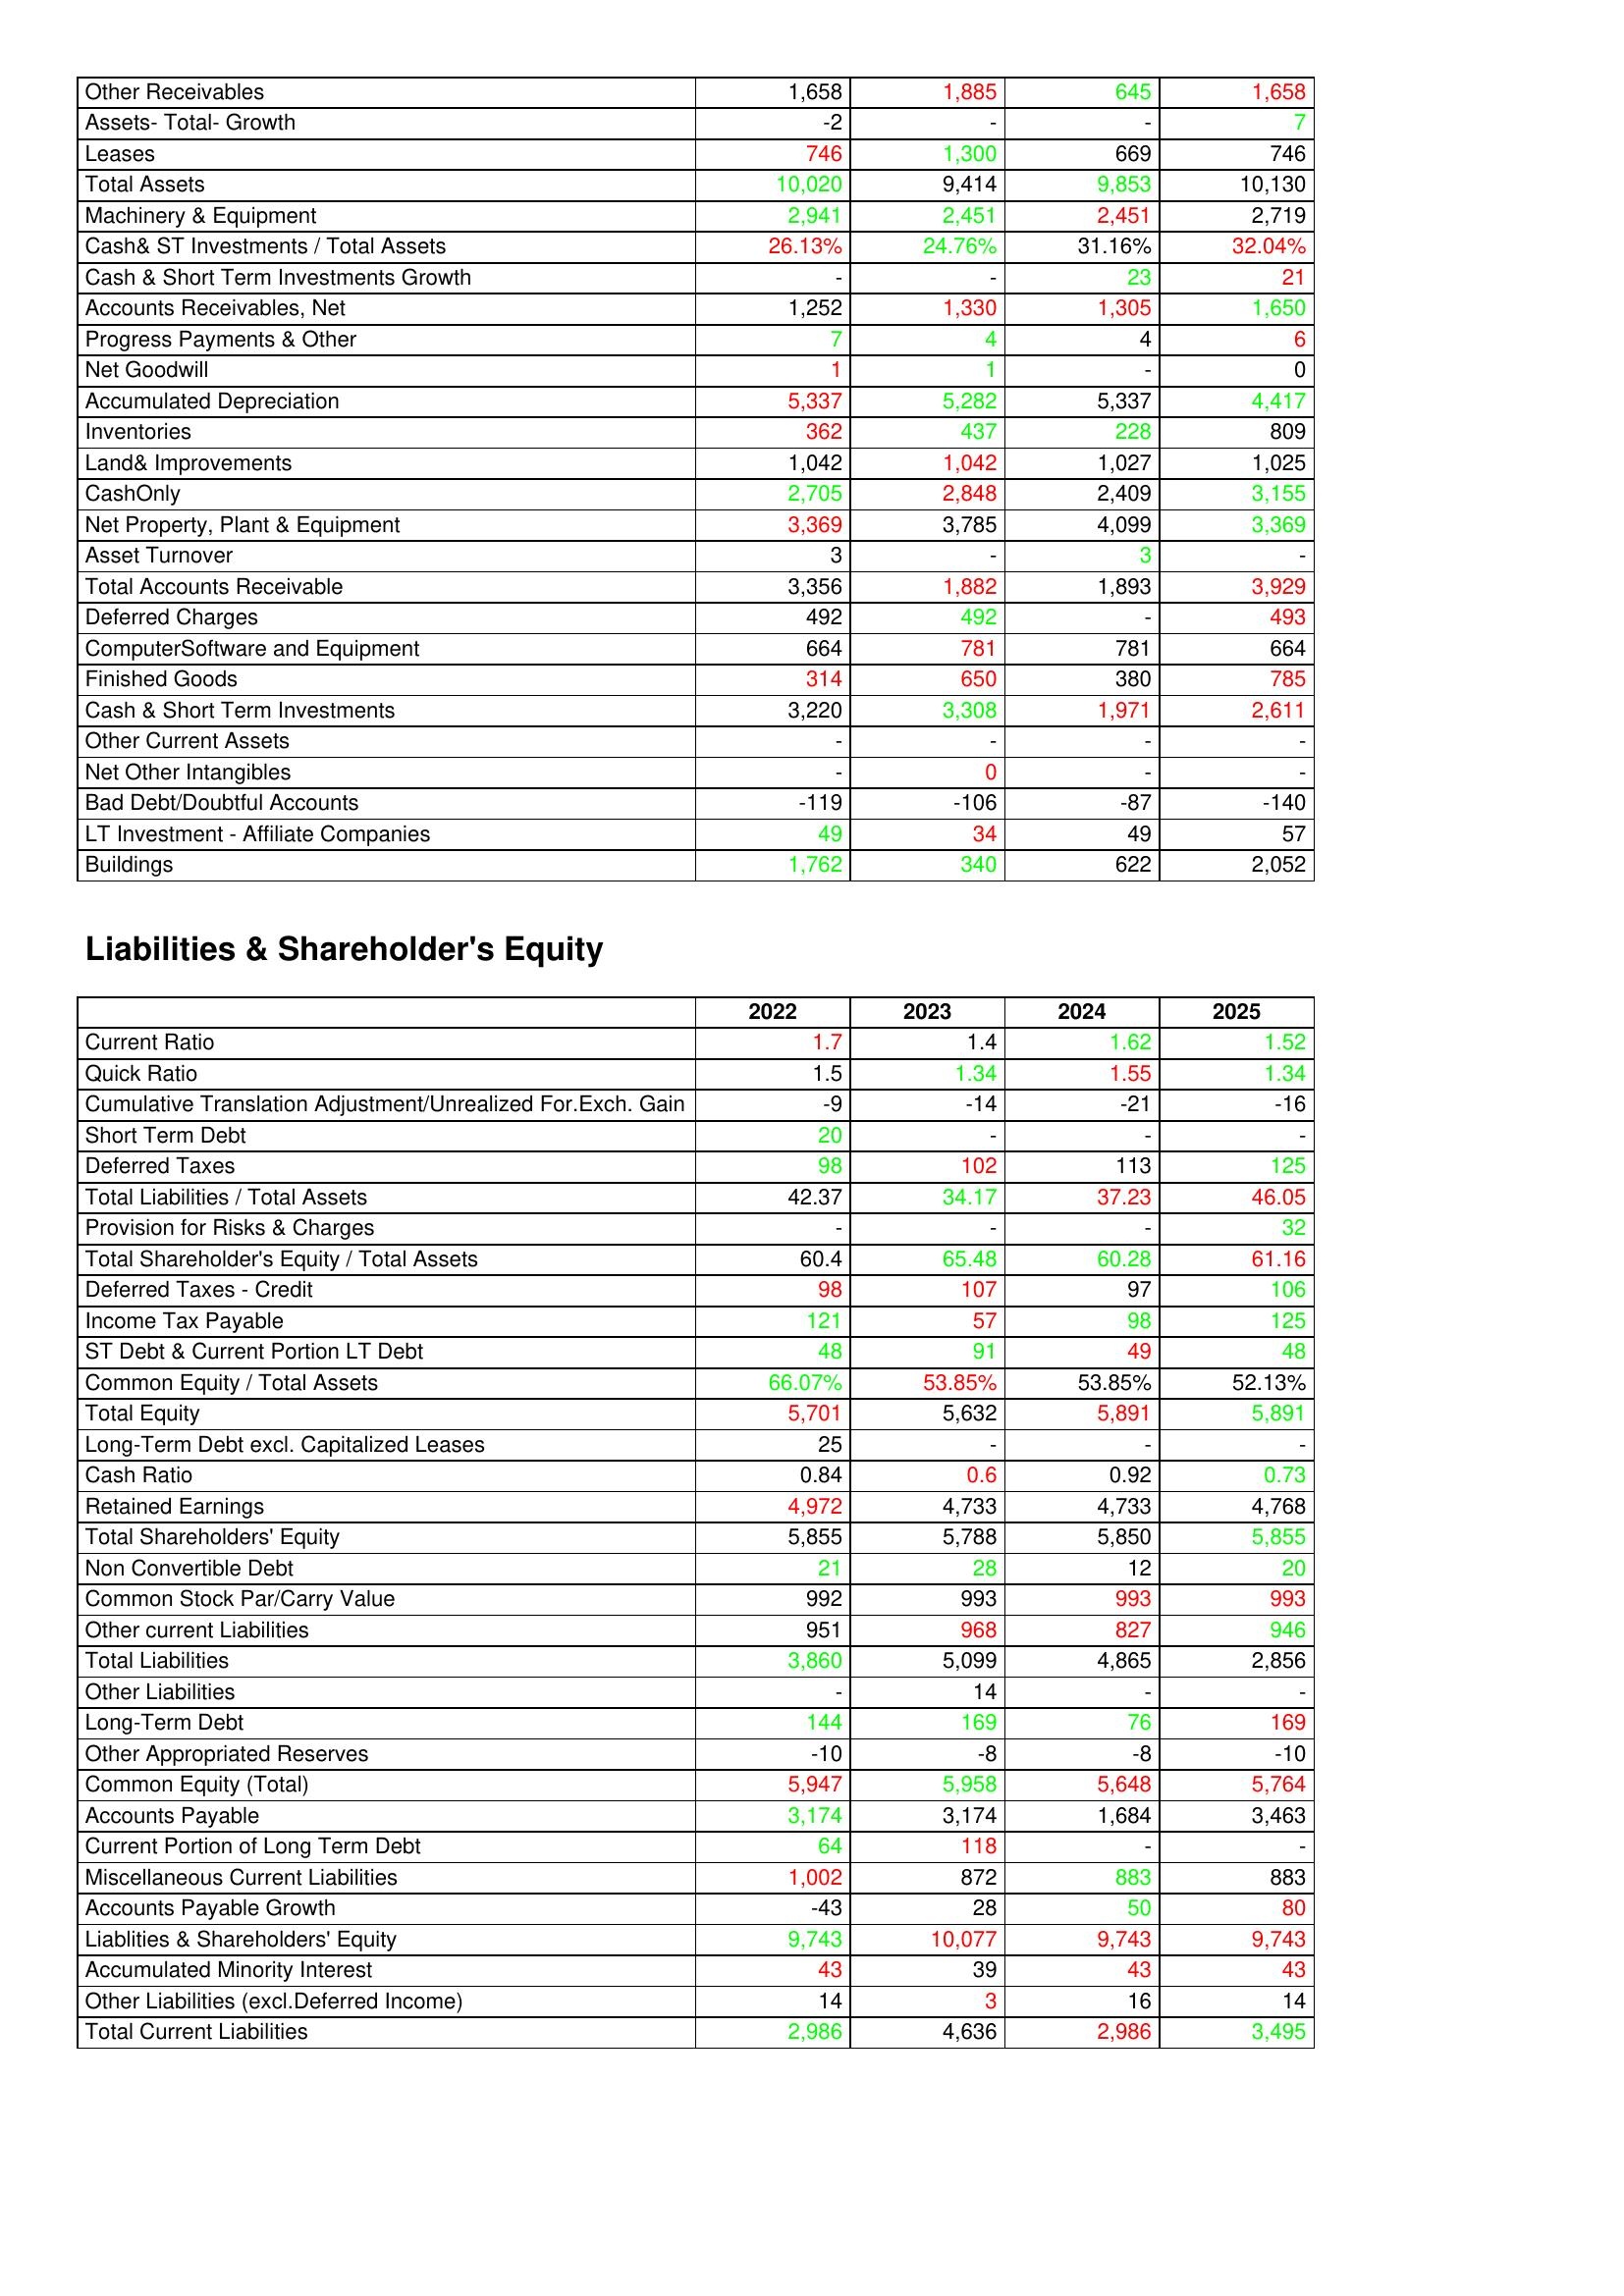
gt_parse: 2022: Assets: Other Receivables: 1,658
Assets- Total- Growth: -2
Leases: 746
Total Assets: 10,020
Machinery & Equipment: 2,941
Cash& ST Investments / Total Assets: 26.13%
Cash & Short Term Investments Growth: -
Accounts Receivables, Net: 1,252
Progress Payments & Other: 7
Net Goodwill: 1
Accumulated Depreciation: 5,337
Inventories: 362
Land& Improvements: 1,042
CashOnly: 2,705
Net Property, Plant & Equipment: 3,369
Asset Turnover: 3
Total Accounts Receivable: 3,356
Deferred Charges: 492
ComputerSoftware and Equipment: 664
Finished Goods: 314
Cash & Short Term Investments: 3,220
Other Current Assets: -
Net Other Intangibles: -
Bad Debt/Doubtful Accounts: -119
LT Investment - Affiliate Companies: 49
Buildings: 1,762
Liabilities & Shareholder's Equity: Current Ratio: 1.7
Quick Ratio: 1.5
Cumulative Translation Adjustment/Unrealized For.Exch. Gain: -9
Short Term Debt: 20
Deferred Taxes: 98
Total Liabilities / Total Assets: 42.37
Provision for Risks & Charges: -
Total Shareholder's Equity / Total Assets: 60.4
Deferred Taxes - Credit: 98
Income Tax Payable: 121
ST Debt & Current Portion LT Debt: 48
Common Equity / Total Assets: 66.07%
Total Equity: 5,701
Long-Term Debt excl. Capitalized Leases: 25
Cash Ratio: 0.84
Retained Earnings: 4,972
Total Shareholders' Equity: 5,855
Non Convertible Debt: 21
Common Stock Par/Carry Value: 992
Other current Liabilities: 951
Total Liabilities: 3,860
Other Liabilities: -
Long-Term Debt: 144
Other Appropriated Reserves: -10
Common Equity (Total): 5,947
Accounts Payable: 3,174
Current Portion of Long Term Debt: 64
Miscellaneous Current Liabilities: 1,002
Accounts Payable Growth: -43
Liablities & Shareholders' Equity: 9,743
Accumulated Minority Interest: 43
Other Liabilities (excl.Deferred Income): 14
Total Current Liabilities: 2,986
2023: Assets: Other Receivables: 1,885
Assets- Total- Growth: -
Leases: 1,300
Total Assets: 9,414
Machinery & Equipment: 2,451
Cash& ST Investments / Total Assets: 24.76%
Cash & Short Term Investments Growth: -
Accounts Receivables, Net: 1,330
Progress Payments & Other: 4
Net Goodwill: 1
Accumulated Depreciation: 5,282
Inventories: 437
Land& Improvements: 1,042
CashOnly: 2,848
Net Property, Plant & Equipment: 3,785
Asset Turnover: -
Total Accounts Receivable: 1,882
Deferred Charges: 492
ComputerSoftware and Equipment: 781
Finished Goods: 650
Cash & Short Term Investments: 3,308
Other Current Assets: -
Net Other Intangibles: 0
Bad Debt/Doubtful Accounts: -106
LT Investment - Affiliate Companies: 34
Buildings: 340
Liabilities & Shareholder's Equity: Current Ratio: 1.4
Quick Ratio: 1.34
Cumulative Translation Adjustment/Unrealized For.Exch. Gain: -14
Short Term Debt: -
Deferred Taxes: 102
Total Liabilities / Total Assets: 34.17
Provision for Risks & Charges: -
Total Shareholder's Equity / Total Assets: 65.48
Deferred Taxes - Credit: 107
Income Tax Payable: 57
ST Debt & Current Portion LT Debt: 91
Common Equity / Total Assets: 53.85%
Total Equity: 5,632
Long-Term Debt excl. Capitalized Leases: -
Cash Ratio: 0.6
Retained Earnings: 4,733
Total Shareholders' Equity: 5,788
Non Convertible Debt: 28
Common Stock Par/Carry Value: 993
Other current Liabilities: 968
Total Liabilities: 5,099
Other Liabilities: 14
Long-Term Debt: 169
Other Appropriated Reserves: -8
Common Equity (Total): 5,958
Accounts Payable: 3,174
Current Portion of Long Term Debt: 118
Miscellaneous Current Liabilities: 872
Accounts Payable Growth: 28
Liablities & Shareholders' Equity: 10,077
Accumulated Minority Interest: 39
Other Liabilities (excl.Deferred Income): 3
Total Current Liabilities: 4,636
2024: Assets: Other Receivables: 645
Assets- Total- Growth: -
Leases: 669
Total Assets: 9,853
Machinery & Equipment: 2,451
Cash& ST Investments / Total Assets: 31.16%
Cash & Short Term Investments Growth: 23
Accounts Receivables, Net: 1,305
Progress Payments & Other: 4
Net Goodwill: -
Accumulated Depreciation: 5,337
Inventories: 228
Land& Improvements: 1,027
CashOnly: 2,409
Net Property, Plant & Equipment: 4,099
Asset Turnover: 3
Total Accounts Receivable: 1,893
Deferred Charges: -
ComputerSoftware and Equipment: 781
Finished Goods: 380
Cash & Short Term Investments: 1,971
Other Current Assets: -
Net Other Intangibles: -
Bad Debt/Doubtful Accounts: -87
LT Investment - Affiliate Companies: 49
Buildings: 622
Liabilities & Shareholder's Equity: Current Ratio: 1.62
Quick Ratio: 1.55
Cumulative Translation Adjustment/Unrealized For.Exch. Gain: -21
Short Term Debt: -
Deferred Taxes: 113
Total Liabilities / Total Assets: 37.23
Provision for Risks & Charges: -
Total Shareholder's Equity / Total Assets: 60.28
Deferred Taxes - Credit: 97
Income Tax Payable: 98
ST Debt & Current Portion LT Debt: 49
Common Equity / Total Assets: 53.85%
Total Equity: 5,891
Long-Term Debt excl. Capitalized Leases: -
Cash Ratio: 0.92
Retained Earnings: 4,733
Total Shareholders' Equity: 5,850
Non Convertible Debt: 12
Common Stock Par/Carry Value: 993
Other current Liabilities: 827
Total Liabilities: 4,865
Other Liabilities: -
Long-Term Debt: 76
Other Appropriated Reserves: -8
Common Equity (Total): 5,648
Accounts Payable: 1,684
Current Portion of Long Term Debt: -
Miscellaneous Current Liabilities: 883
Accounts Payable Growth: 50
Liablities & Shareholders' Equity: 9,743
Accumulated Minority Interest: 43
Other Liabilities (excl.Deferred Income): 16
Total Current Liabilities: 2,986
2025: Assets: Other Receivables: 1,658
Assets- Total- Growth: 7
Leases: 746
Total Assets: 10,130
Machinery & Equipment: 2,719
Cash& ST Investments / Total Assets: 32.04%
Cash & Short Term Investments Growth: 21
Accounts Receivables, Net: 1,650
Progress Payments & Other: 6
Net Goodwill: 0
Accumulated Depreciation: 4,417
Inventories: 809
Land& Improvements: 1,025
CashOnly: 3,155
Net Property, Plant & Equipment: 3,369
Asset Turnover: -
Total Accounts Receivable: 3,929
Deferred Charges: 493
ComputerSoftware and Equipment: 664
Finished Goods: 785
Cash & Short Term Investments: 2,611
Other Current Assets: -
Net Other Intangibles: -
Bad Debt/Doubtful Accounts: -140
LT Investment - Affiliate Companies: 57
Buildings: 2,052
Liabilities & Shareholder's Equity: Current Ratio: 1.52
Quick Ratio: 1.34
Cumulative Translation Adjustment/Unrealized For.Exch. Gain: -16
Short Term Debt: -
Deferred Taxes: 125
Total Liabilities / Total Assets: 46.05
Provision for Risks & Charges: 32
Total Shareholder's Equity / Total Assets: 61.16
Deferred Taxes - Credit: 106
Income Tax Payable: 125
ST Debt & Current Portion LT Debt: 48
Common Equity / Total Assets: 52.13%
Total Equity: 5,891
Long-Term Debt excl. Capitalized Leases: -
Cash Ratio: 0.73
Retained Earnings: 4,768
Total Shareholders' Equity: 5,855
Non Convertible Debt: 20
Common Stock Par/Carry Value: 993
Other current Liabilities: 946
Total Liabilities: 2,856
Other Liabilities: -
Long-Term Debt: 169
Other Appropriated Reserves: -10
Common Equity (Total): 5,764
Accounts Payable: 3,463
Current Portion of Long Term Debt: -
Miscellaneous Current Liabilities: 883
Accounts Payable Growth: 80
Liablities & Shareholders' Equity: 9,743
Accumulated Minority Interest: 43
Other Liabilities (excl.Deferred Income): 14
Total Current Liabilities: 3,495